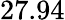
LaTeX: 27.94